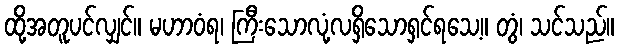
ထို့အတူပင်လျှင်။ မဟာဝံရ၊ ကြီးသောလုံ့လရှိသောရှင်ရသေ့။ တွံ၊ သင်သည်။